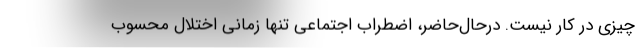
چیزی در کار نیست. درحال‌حاضر، اضطراب اجتماعی تنها زمانی اختلال محسوب